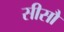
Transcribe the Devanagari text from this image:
सीसौ